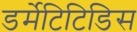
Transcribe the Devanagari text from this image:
डर्मेटिटिडिस